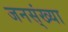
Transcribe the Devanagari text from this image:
जनस्ंख्या